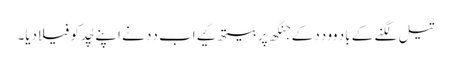
تیل لگنے کے باد وو دِدِ کے جنگھ پر بیتھ گیے اَب دِدِ نے اَپنے چُد کو فیلا دِیا۔